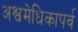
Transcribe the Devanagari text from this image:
अश्वमेधिकापर्व